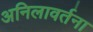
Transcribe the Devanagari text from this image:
अनिलावर्तना